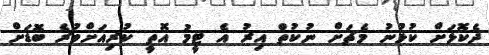
ދެކޮޅަށް ކުޅުނު މެޗަށް ނުކުތް އިރު އެ ޓީމު އޮތީ ކުރިއަށްވުރެ ބޮޑަށް